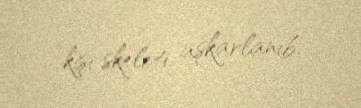
kişi skeleti aşkarlanıb.